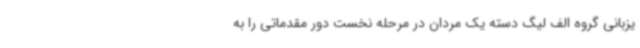
یزبانی گروه الف لیگ دسته یک مردان در مرحله نخست دور مقدماتی را به